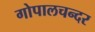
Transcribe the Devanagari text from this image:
गोपालचन्दर